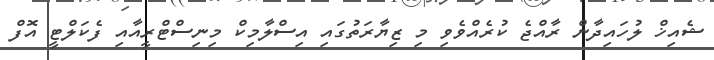
ޝެއިޚް ލުހައިދާން ރާއްޖެ ކުރެއްވެވި މި ޒިޔާރަތުގައި އިސްލާމިކް މިނިސްޓްރީއާއި ފެކަލްޓީ އޮފް